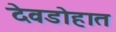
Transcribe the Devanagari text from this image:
देवडोहात